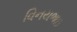
વિનયભાઇ